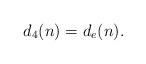
LaTeX: \begin{align*}d_{4}(n) = d_{e}(n).\end{align*}